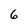
Character: 6